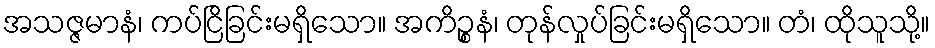
အသဇ္ဇမာနံ၊ ကပ်ငြိခြင်းမရှိသော။ အကိဉ္စနံ၊ တုန်လှုပ်ခြင်းမရှိသော။ တံ၊ ထိုသူသို့။